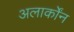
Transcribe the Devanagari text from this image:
अलार्कोंन